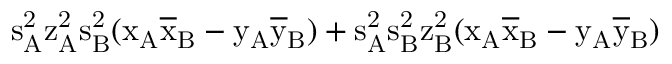
\mathrm { s _ { A } ^ { 2 } \mathrm { z _ { A } ^ { 2 } \mathrm { s _ { B } ^ { 2 } ( \mathrm { x _ { A } \mathrm { \overline { { x } } _ { B } - \mathrm { y _ { A } \mathrm { \overline { { y } } _ { B } ) + \mathrm { s _ { A } ^ { 2 } \mathrm { s _ { B } ^ { 2 } \mathrm { z _ { B } ^ { 2 } ( \mathrm { x _ { A } \mathrm { \overline { { x } } _ { B } - \mathrm { y _ { A } \mathrm { \overline { { y } } _ { B } ) } } } } } } } } } } } } } }